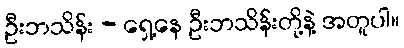
ဦးဘသိန်း - ရှေ့နေ ဦးဘသိန်းတို့နဲ့ အတူပါ။